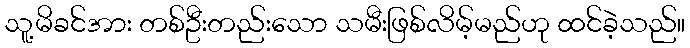
သူ့မိခင်အား တစ်ဦးတည်းသော သမီးဖြစ်လိမ့်မည်ဟု ထင်ခဲ့သည်။